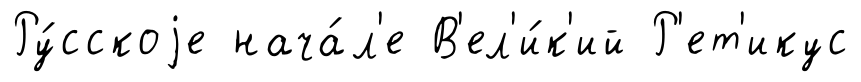
Ру́сскоjе нача́л'е В'ел'и́к'ий Р'ет'икус